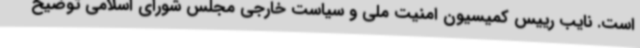
است. نایب رییس کمیسیون امنیت ملی و سیاست خارجی مجلس شورای اسلامی توضیح